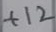
Text: +12